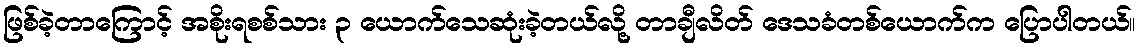
ဖြစ်ခဲ့တာကြောင့် အစိုးရစစ်သား ၃ ယောက်သေဆုံးခဲ့တယ်လို့ တာချီလိတ် ဒေသခံတစ်ယောက်က ပြောပါတယ်။